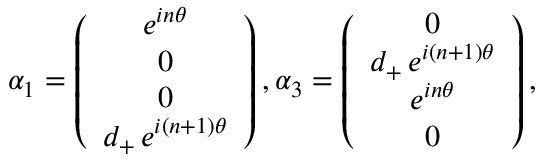
\alpha _ { 1 } = \left( \begin{array} { c } { { e ^ { i n \theta } } } \\ { { 0 } } \\ { { 0 } } \\ { { d _ { + } \, e ^ { i ( n + 1 ) \theta } } } \end{array} \right) , \alpha _ { 3 } = \left( \begin{array} { c } { { 0 } } \\ { { d _ { + } \, e ^ { i ( n + 1 ) \theta } } } \\ { { e ^ { i n \theta } } } \\ { { 0 } } \end{array} \right) ,